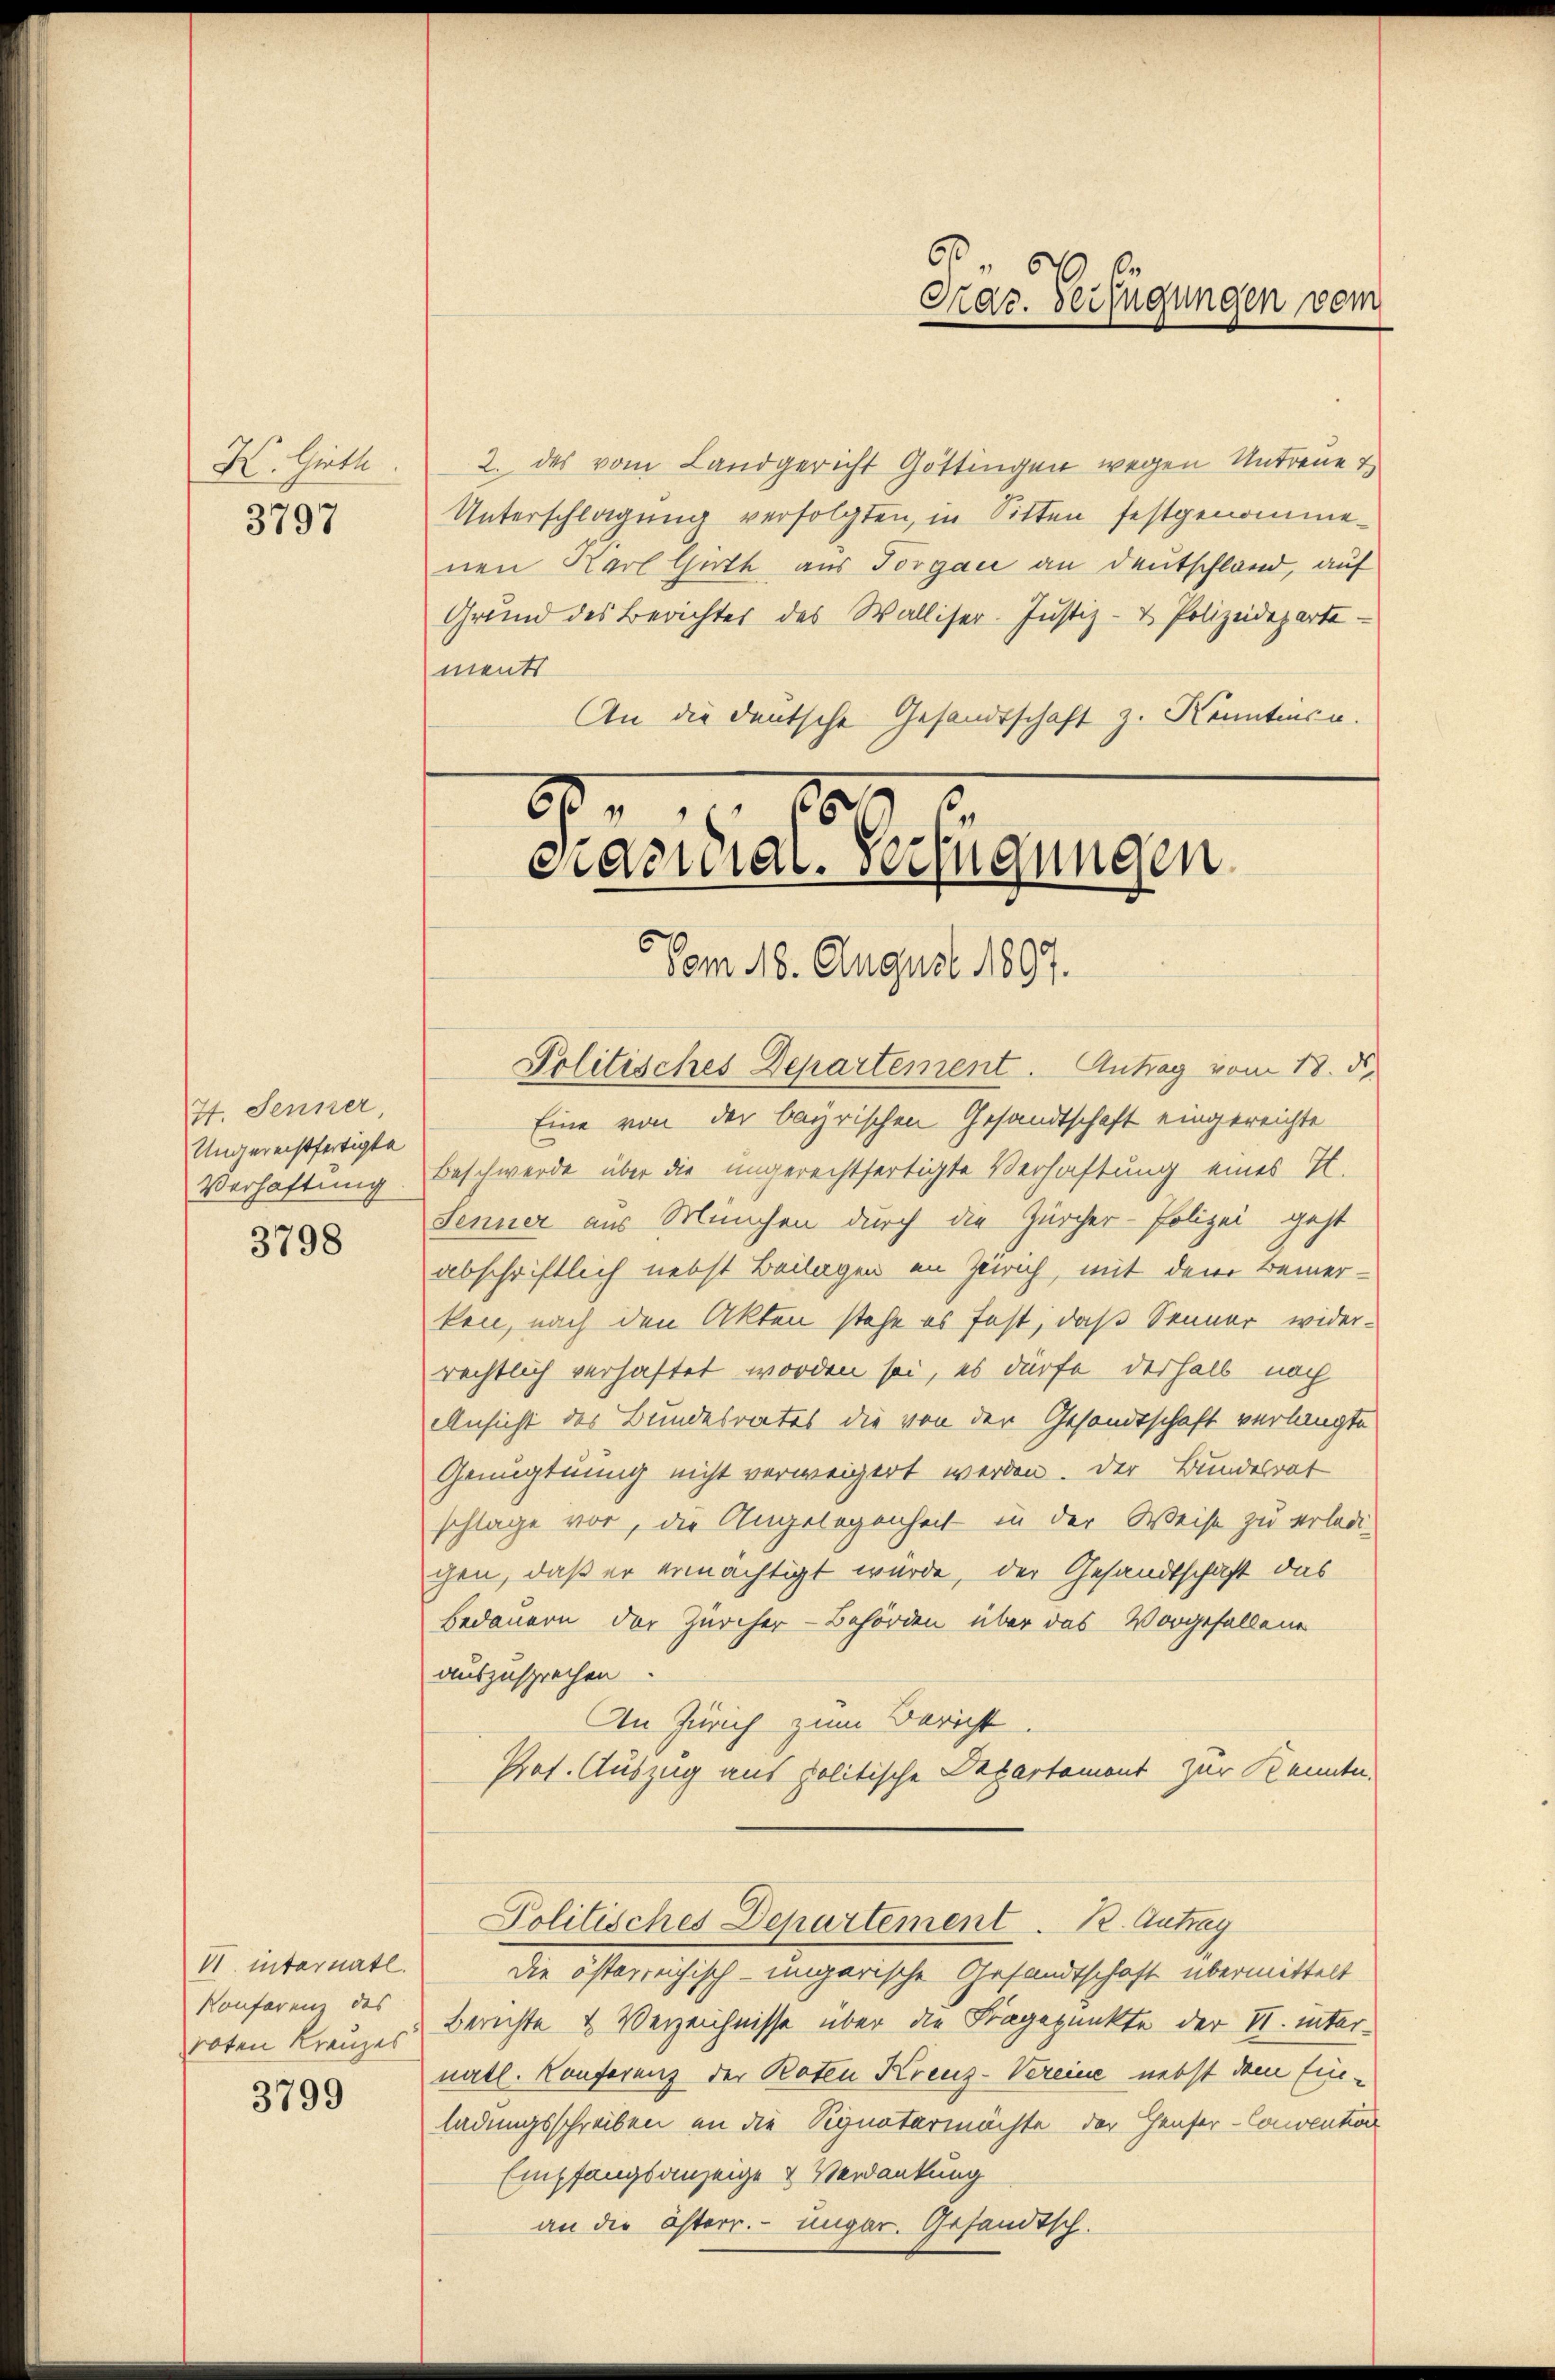
K. Gioth
3797

7t. Senner
Ungerechtfertigte
Verhaftung
3798

VI. internate.
Konferenz des

3799

.
Kac. Verfügungen vom

2. des vom Landgericht Göttingen wegen Untreue T
Unterschlagung verfolgten, in Sitten festgenommenen Karl Guth aus Torgane an Deutschland, auf
Grund des Berichter des Walliser. Justiz- & Polizeidepartements
An die deutsche Gesandtschaft z. Kenntence.
Politisches Departement. Antrag vom 18. d.
Eine von der bayrischen Gesandtschaft eingereichte
Beschwerde über die ungerechtfertigte Verhaftung eines H.
Senner aus München durch die Zürcher-Polizei geht
abschriftlich nebst Beilagen an Zürich, mit dem Bemerken, nach den Akten stehe es fest, daß Senner widerrechtlich verhaftet worden sei, es dürfe deshalb noch
Ansicht des Bundesrates die von der Gesandtschaft verlangte
Genugtuung nicht verweigert werden. Der Bundesrat
schlage vor, die Angelegenheit in der Weise zu erledi-
gen, daß er ermächtigt wurde, der Gesandtschaft das
Bedauern der Zürcher-Behörden über das Vorgefallene
auszusprechen.
An Zürich zum Bericht.
Prot. Auszug aus politische Departement zur Kennte.
Politisches Departement. 12. Antrag
die österreichisch-ungarische Gesandtschaft übermittelt
roten Kreuzes Berichte & Verzeichnisse über die Fragepunkte der II. internätl. Konferenz der Roten Kreuz-Vereine nebst dem Einladungsschreiben an die Signatermächte der Hauser-Convention
Empfangsanzeige & Verdankung
an die österr. ungar. Gesandtsch.

2
t
.
cracidial-Verfügungen.
5 Vom 18. August 1807.